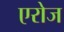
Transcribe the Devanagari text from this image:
एरोज